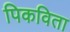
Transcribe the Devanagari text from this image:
पिकविता